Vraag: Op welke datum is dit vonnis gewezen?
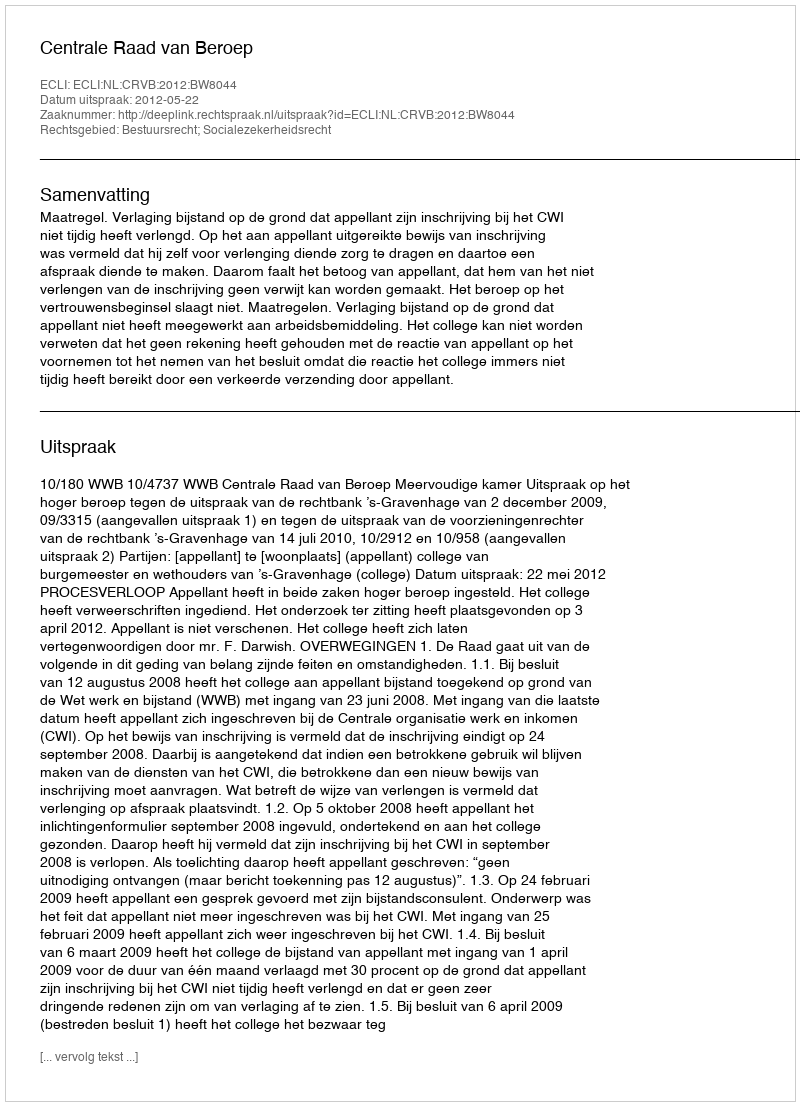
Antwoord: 2012-05-22